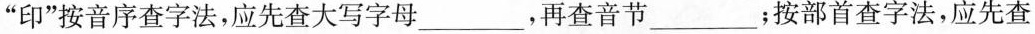
”印”按音序查字法，应先查大写字母___，再查音节___；按部首查字法，应先查